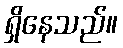
ရှိနေသည်။